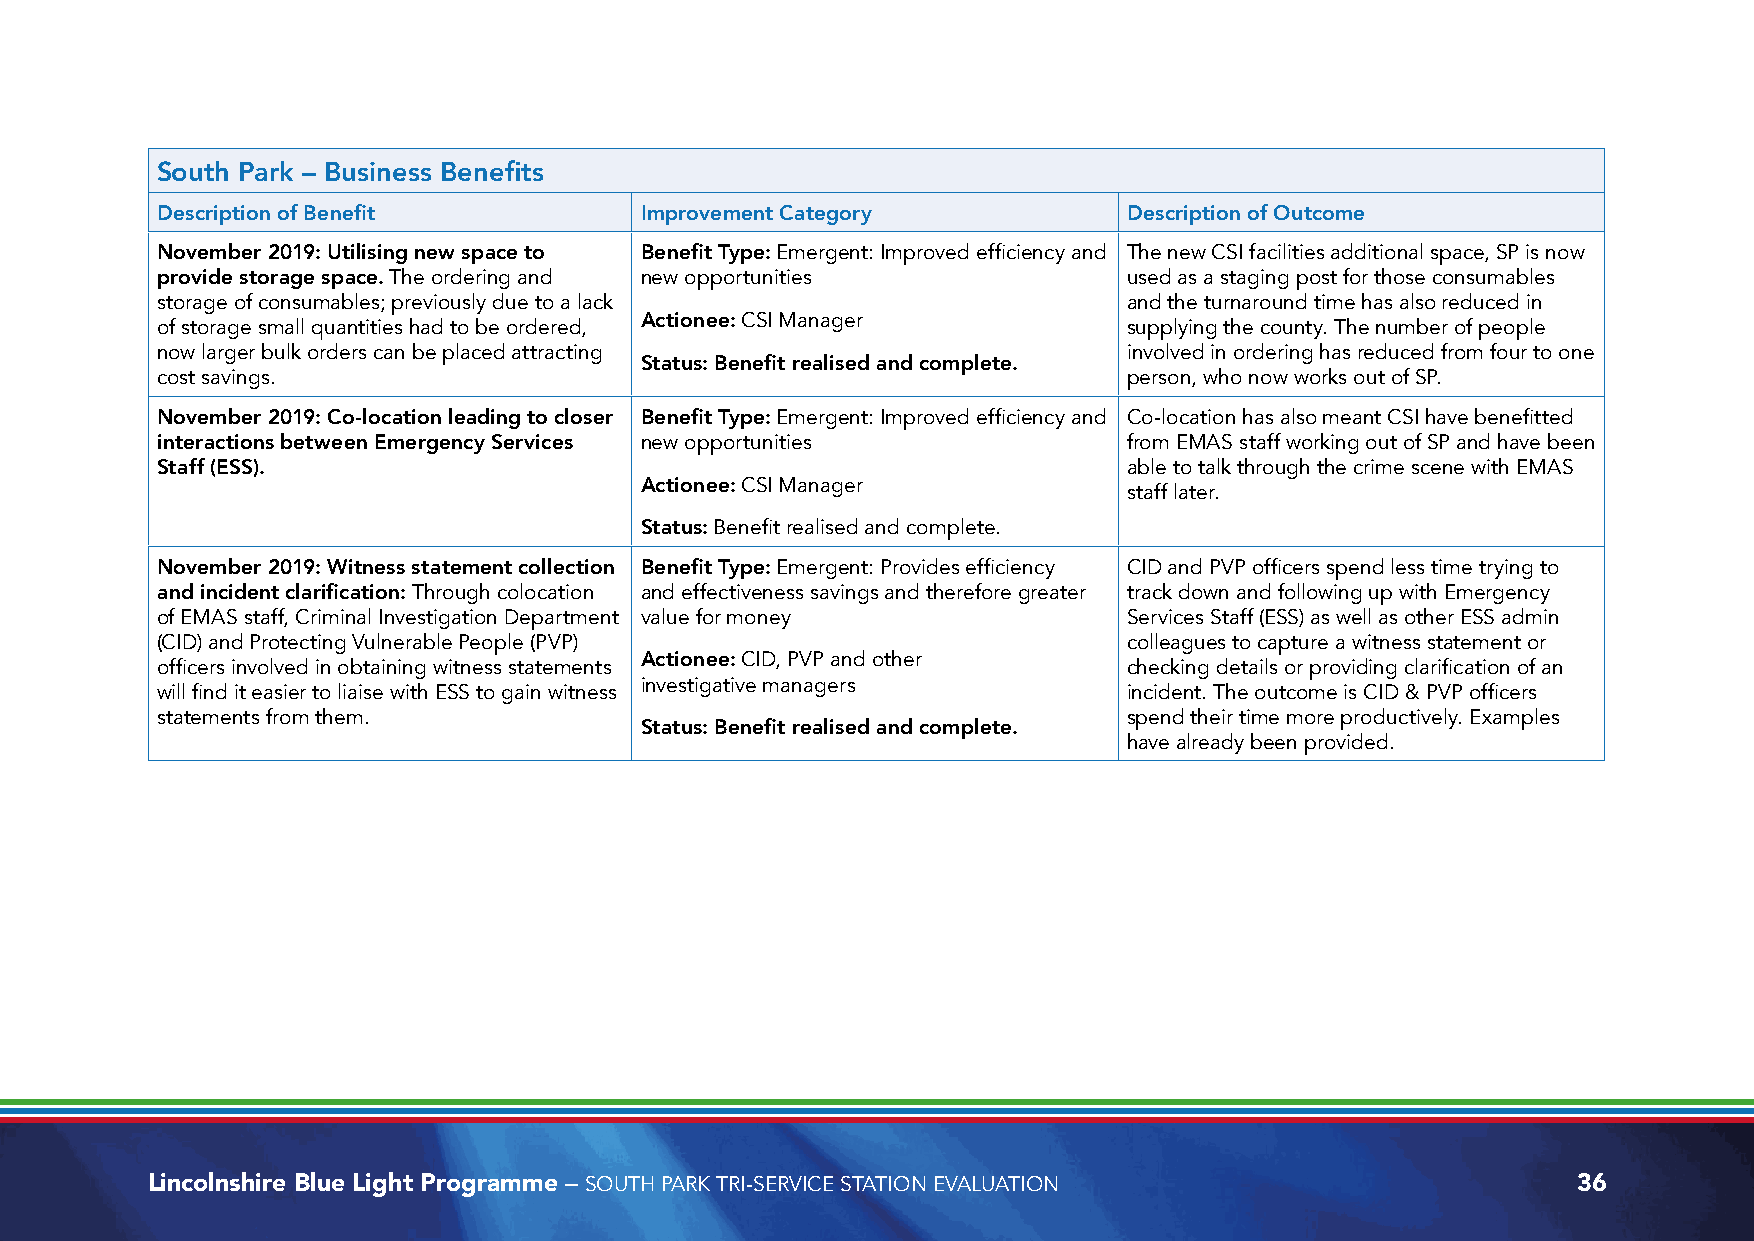
South Park – Business Benefits
 Description of Benefit          Improvement Category             Description of Outcome
 November 2019: Utilising new space to Benefit Type: Emergent: Improved efficiency and The new CSI facilities additional space, SP is now
 provide storage space. The ordering and new opportunities        used as a staging post for those consumables
 storage of consumables; previously due to a lack                 and the turnaround time has also reduced in
 Actionee: CSI Manager
 of storage small quantities had to be ordered,                   supplying the county. The number of people
 now larger bulk orders can be placed attracting                  involved in ordering has reduced from four to one
 Status: Benefit realised and complete.
 cost savings.                                                    person, who now works out of SP.
 November 2019: Co-location leading to closer Benefit Type: Emergent: Improved efficiency and Co-location has also meant CSI have benefitted
 interactions between Emergency Services new opportunities        from EMAS staff working out of SP and have been
 Staff (ESS).                                                     able to talk through the crime scene with EMAS
 Actionee: CSI Manager
 staff later.
 Status: Benefit realised and complete.
 November 2019: Witness statement collection Benefit Type: Emergent: Provides efficiency CID and PVP officers spend less time trying to
 and incident clarification: Through colocation and effectiveness savings and therefore greater track down and following up with Emergency
 of EMAS staff, Criminal Investigation Department value for money Services Staff (ESS) as well as other ESS admin
 (CID) and Protecting Vulnerable People (PVP)                     colleagues to capture a witness statement or
 Actionee: CID, PVP and other
 officers involved in obtaining witness statements                checking details or providing clarification of an
 investigative managers
 will find it easier to liaise with ESS to gain witness           incident. The outcome is CID & PVP officers
 statements from them.                                            spend their time more productively. Examples
 Status: Benefit realised and complete.
 have already been provided.
 Lincolnshire Blue Light Programme – SOUTH PARK TRI-SERVICE STATION EVALUATION                 36